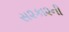
સ૨કા૨ની